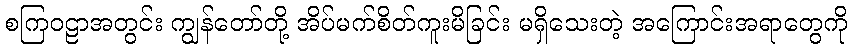
စကြဝဠာအတွင်း ကျွန်တော်တို့ အိပ်မက်စိတ်ကူးမိခြင်း မရှိသေးတဲ့ အကြောင်းအရာတွေကို